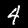
Label: 4